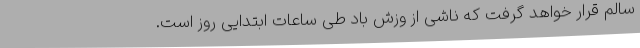
سالم قرار خواهد گرفت که ناشی از وزش باد طی ساعات ابتدایی روز است.